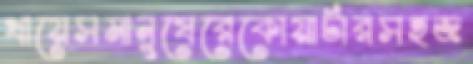
খায়েসমানুষেরেকোয়ার্টারসহজ